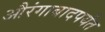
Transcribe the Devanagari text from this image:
औरंगाबादपर्यंत